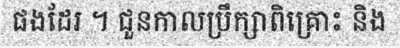
ផងដែរ ។ ជួនកាលប្រឹក្សាពិគ្រោះ និង